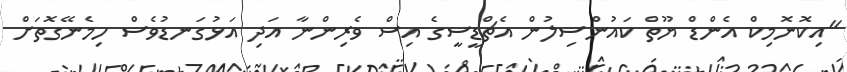
"އިކޮނޮމިކް އެންޑް ޔޫތް ކައުންސިލުން އެޗްޑީސީގެ އިސް ވެރިންނާ އަދި އަޅުގަނޑުވެސް ހިމެނޭގޮތަށް